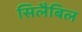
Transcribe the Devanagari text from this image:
सिलैबिल